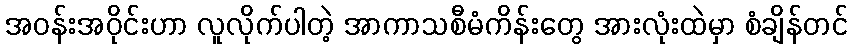
အဝန်းအဝိုင်းဟာ လူလိုက်ပါတဲ့ အာကာသစီမံကိန်းတွေ အားလုံးထဲမှာ စံချိန်တင်